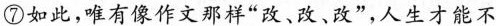
⑦如此，唯有像作文那样“改、改、改”，人生才能不